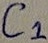
Text: C1